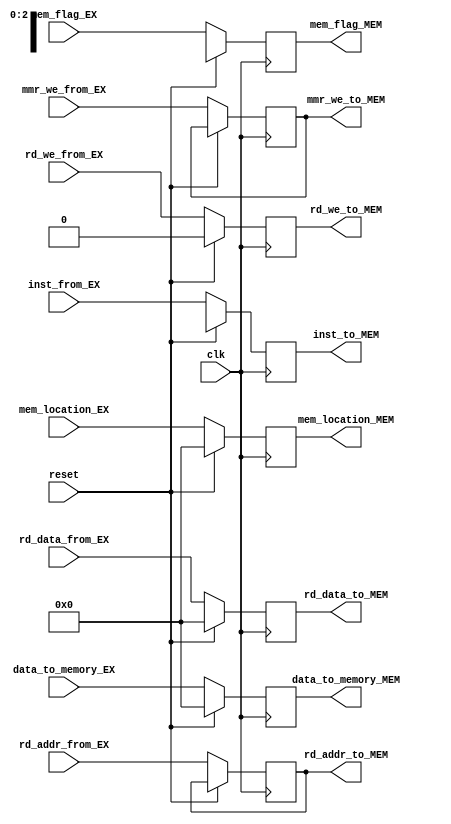
module pipe_EX_MEM (
    input clk, reset,
    input [31:0] inst_from_EX, 
    input[4:0] rd_addr_from_EX,
    input  rd_we_from_EX,
    input[31:0] rd_data_from_EX,
    input[31:0] mem_location_EX,  // calculated memory loaction from EX stage
    input[2:0] mem_flag_EX,
    input[31:0] data_to_memory_EX, // sw data coming from EX stage

    output reg[4:0] rd_addr_to_MEM,
    output reg[31:0] rd_data_to_MEM,
    output reg  rd_we_to_MEM,
    output reg[31:0] mem_location_MEM,  //calculated memory loaction in MEM stage

    output reg[2:0] mem_flag_MEM,
    output reg [31:0] data_to_memory_MEM,  // sw data
    output reg [31:0]inst_to_MEM,

    /*********changes******************/
    input mmr_we_from_EX,
    output reg mmr_we_to_MEM
    /**********************************/
);
    
    always @(posedge clk) begin
        if (reset) begin
            rd_we_to_MEM <=0;  // it stops writing anything in WB stage
            rd_data_to_MEM <=0;
            mem_location_MEM <=0;
            mem_flag_MEM <= 3'hx;  // matches to neither SW/LW
            data_to_memory_MEM <=0;
            inst_to_MEM <= 32'hx;
        end
        else begin
            rd_we_to_MEM <=rd_we_from_EX;  
            rd_data_to_MEM <= rd_data_from_EX ;
            rd_addr_to_MEM <= rd_addr_from_EX;
            mem_location_MEM <=mem_location_EX;
            mem_flag_MEM <= mem_flag_EX ;  
            data_to_memory_MEM <=data_to_memory_EX;  // sw data from EX is passed to MEM side
            inst_to_MEM <=  inst_from_EX;
            /***************Changes***********/
            mmr_we_to_MEM <= mmr_we_from_EX;
            /*********************************/
        end
    end


endmodule